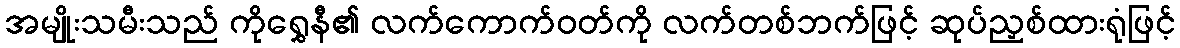
အမျိုးသမီးသည် ကိုရွှေနီ၏ လက်ကောက်ဝတ်ကို လက်တစ်ဘက်ဖြင့် ဆုပ်ညှစ်ထားရုံဖြင့်